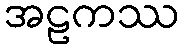
အဠကဿ